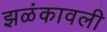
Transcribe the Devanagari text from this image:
झळंकावली